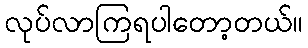
လုပ်လာကြရပါတော့တယ်။